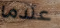
عندما